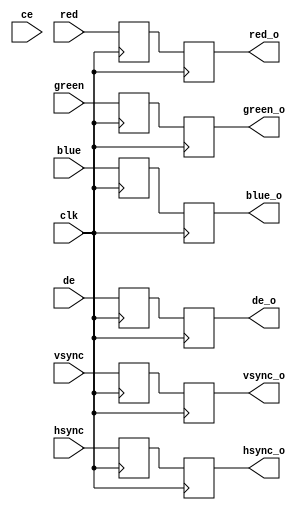

module fmc_dvidp_dvi_in(
    input clk,
    input ce,
    input de,
    input vsync,
    input hsync,
    input[7:0] red,
    input[7:0] green,
    input[7:0] blue,
    output reg de_o,
    output reg vsync_o,
    output reg hsync_o,
    output reg [7:0] red_o,
    output reg [7:0] green_o,
    output reg [7:0] blue_o
);


reg  de_r;
reg  vsync_r;
reg  hsync_r;
reg [7:0] red_r;
reg [7:0] green_r;
reg [7:0] blue_r;

  always @(posedge clk) begin
    de_r <= de;
    vsync_r <= vsync;
    hsync_r <= hsync;
    red_r <= red;
    green_r <= green;
    blue_r <= blue;
  end

  always @(posedge clk) begin
    de_o <= de_r;
    vsync_o <= vsync_r;
    hsync_o <= hsync_r;
    red_o <= red_r;
    green_o <= green_r;
    blue_o <= blue_r;
  end


endmodule